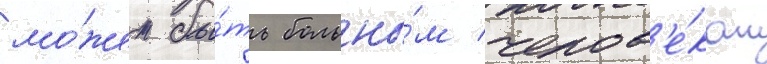
мо́жет бы́ть больны́м челов'е́ком